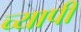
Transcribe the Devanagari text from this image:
च्यापी